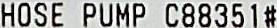
HOSE PUMP C88351#